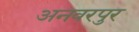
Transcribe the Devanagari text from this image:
अनवरपुर